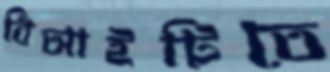
বিআইটিতে